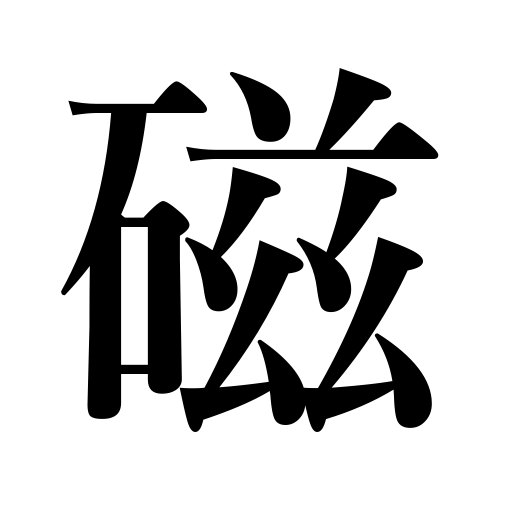
Meanings: porcelain,magnetism